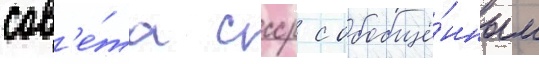
сов'е́та ссср с обобщё́нным